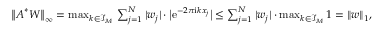
\begin{array} { r } { \big \| \boldsymbol A ^ { * } \boldsymbol W \big \| _ { \infty } = \operatorname* { m a x } _ { \boldsymbol k \in \mathcal I _ { \boldsymbol M } } \, \sum _ { j = 1 } ^ { N } | w _ { j } | \cdot \big | \mathrm e ^ { - 2 \pi \mathrm i \boldsymbol k \boldsymbol x _ { j } } \big | \leq \sum _ { j = 1 } ^ { N } | w _ { j } | \cdot \operatorname* { m a x } _ { \boldsymbol k \in \mathcal I _ { \boldsymbol M } } 1 = \| \boldsymbol w \| _ { 1 } , } \end{array}